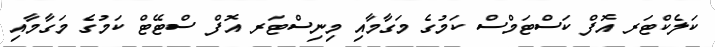
ކަލެކްޓަރ އޮފް ކަސްޓަމްސް ކަމުގެ މަގާމާއި މިނިސްޓަރ އޮފް ސްޓޭޓް ކަމުގެ މަގާމާއި